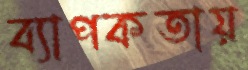
ব্যাপকতায়